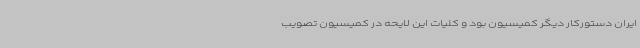
ایران دستورکار دیگر کمیسیون بود و کلیات این لایحه در کمیسیون تصویب